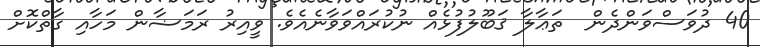
40 ދުވަސްވަންދެން  ތަޢާލާ ޤަބޫލުފުޅެއް ނުކުރައްވަވާނެއެވެ. ވީއިރު ރަމަޟާން މަހާއި ގާތްކޮށް